NAE_kihelkonnakohtute_kirjad_ja_protokollid_1869-1889, lk 4
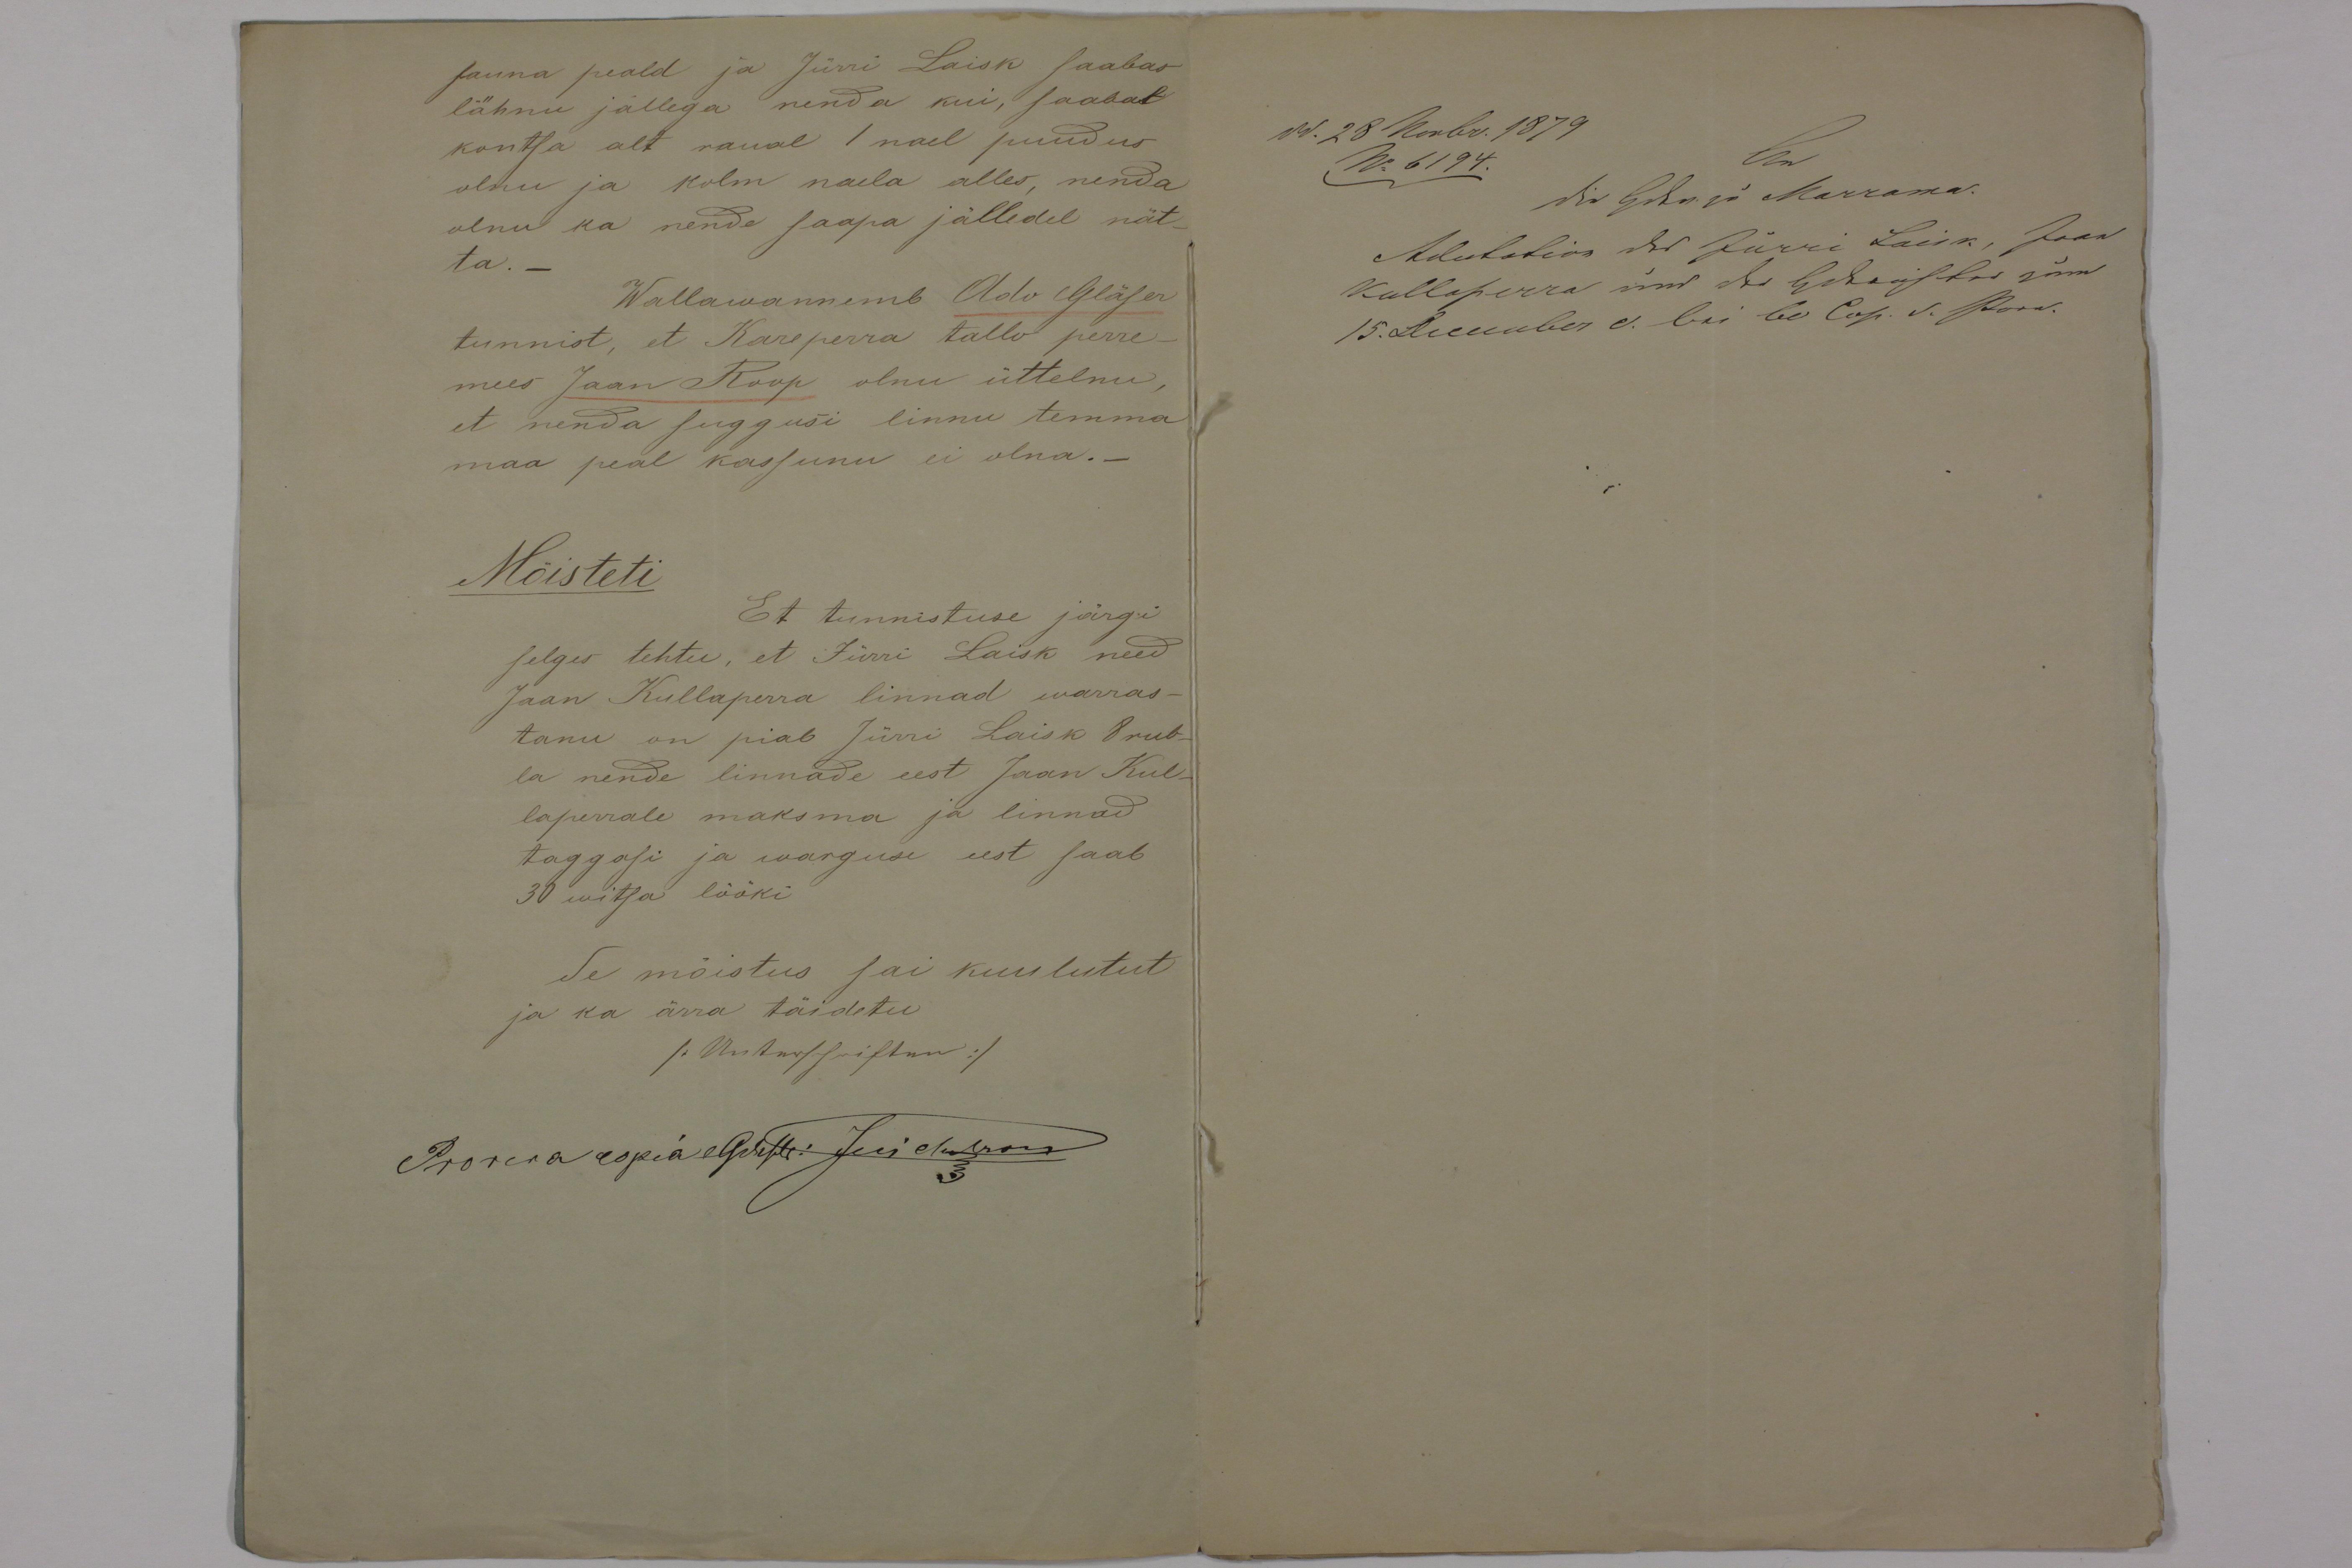
sauna peald ja Jürri Laisk saabas
lähnu jällega nenda kui saabat
kontsa alt raual 1 nael puudus
olnu ja kolm naela alles nenda
olnu ka nende saapa jälledel nät-
ta. -
Wallawannemb Ado Gläser
tunnist, et Kareperra tallu perre-
mees Jaan Roop olnu üttelnu,
et nenda suggusi linnu temma
maa peal kassunu ei olna. -
Mõisteti
Et tunnistuse järgi
selges tehtu, et Jürri Laisk need
Jaan Kullaperra linnad warras-
tanu on piab Jürri Laisk 8 rub-
la nende linnade eest Jaan Kul-
laperrale maksma ja linnad
taggasi ja warguse eest saab
30 witsa lööki
Se mõistus sai kuulutut
ja ka ärra täidetu